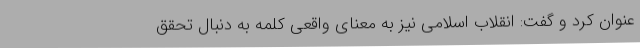
عنوان کرد و گفت: انقلاب اسلامی نیز به معنای واقعی کلمه به دنبال تحقق